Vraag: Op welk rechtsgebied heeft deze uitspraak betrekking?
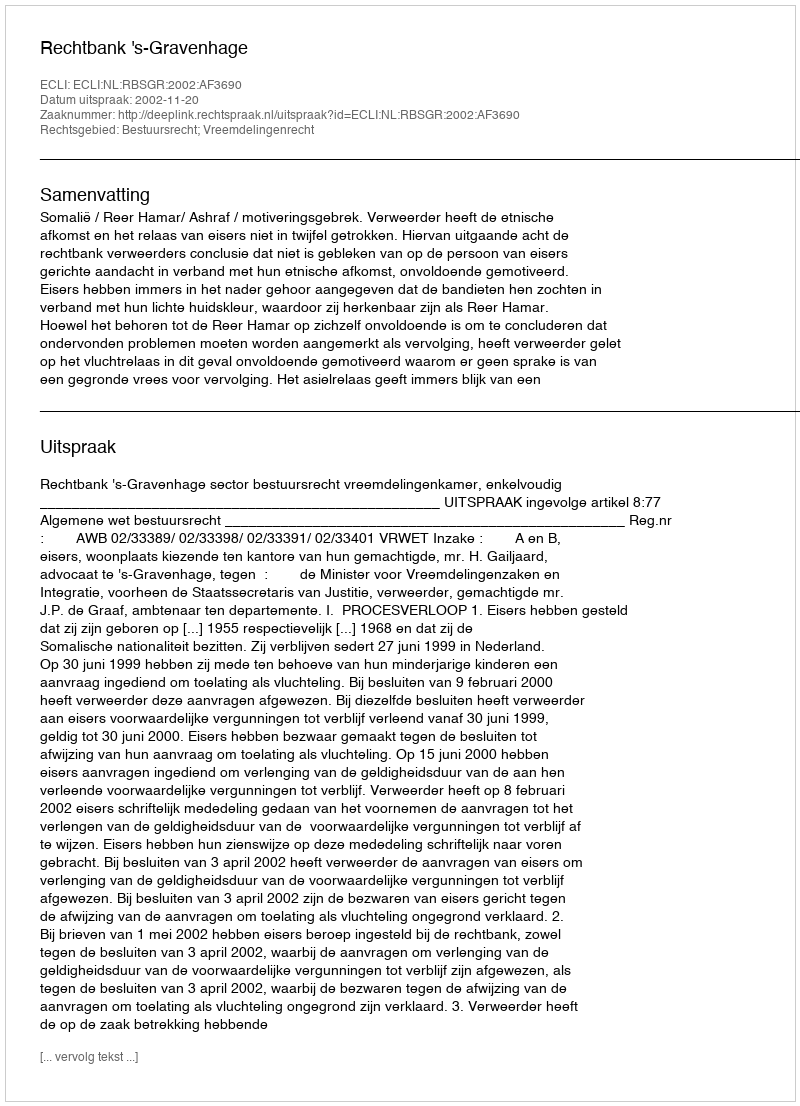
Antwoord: Bestuursrecht; Vreemdelingenrecht